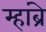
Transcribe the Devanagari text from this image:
म्हांब्रे